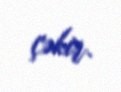
çəkir.